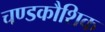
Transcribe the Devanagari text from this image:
चण्डकौशिक